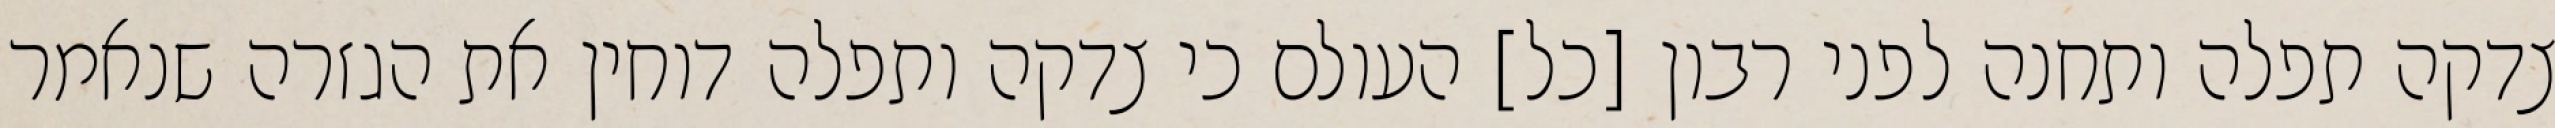
צדקה תפלה ותחנה לפני רבון [כל] העולם כי צדקה ותפלה דוחין את הגזרה שנאמר